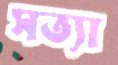
সত্যা